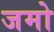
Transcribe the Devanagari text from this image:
जमो